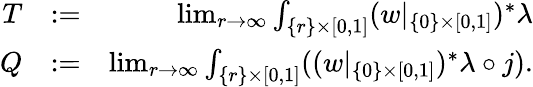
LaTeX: \begin{array}{rlr}{T}&{:=}&{\operatorname*{lim}_{r\to\infty}\int_{\{ r\} \times[0,1]}(w|_{\{ 0\} \times[0,1]})^{*}\lambda}\\ {Q}&{:=}&{\operatorname*{lim}_{r\to\infty}\int_{\{ r\} \times[0,1]}((w|_{\{ 0\} \times[0,1]})^{*}\lambda\circ j).}\end{array}